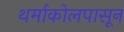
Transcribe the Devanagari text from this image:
थर्माकोलपासून